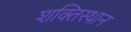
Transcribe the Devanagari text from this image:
शक्तिस्थान